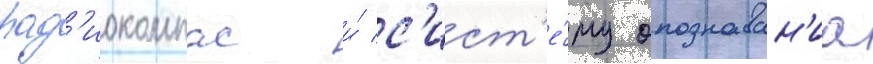
рад'иокомпас и́ с'ист'е́му опознаван'иа